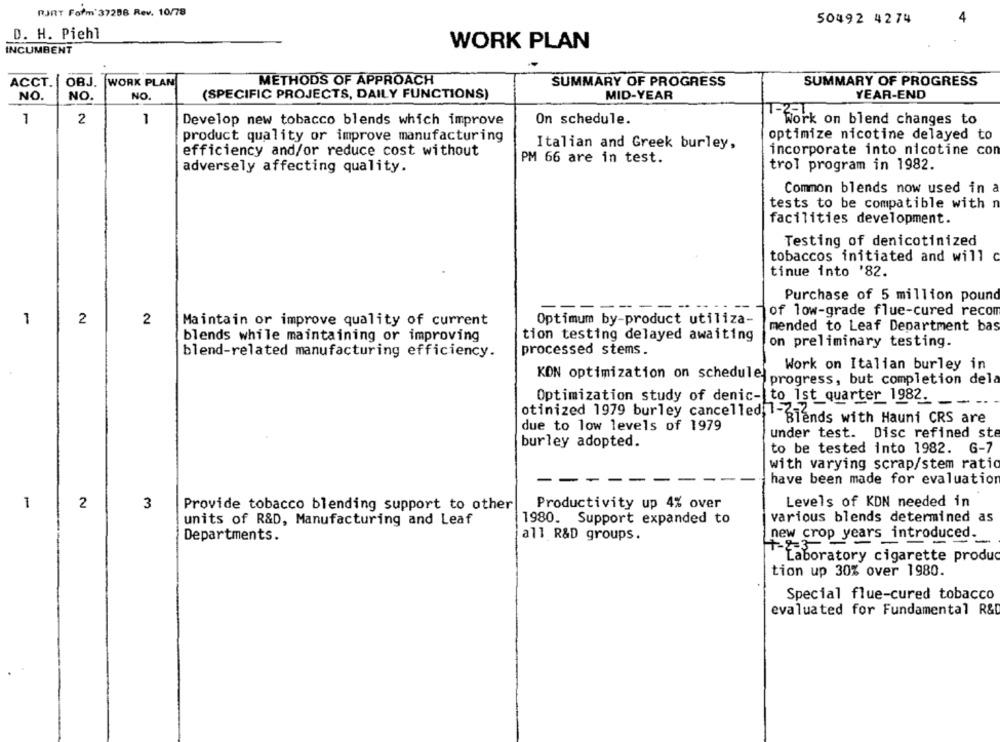
RJRT Form'37256 Rev. 10/78
50492 4274
4
D. H. Piehl
WORK PLAN
INCUMBENT
ACCT.
METHODS OF APPROACH
SUMMARY OF PROGRESS
OBJ.
WORK PLAN
SUMMARY OF PROGRESS
NO.
NO.
NO.
(SPECIFIC PROJECTS, DAILY FUNCTIONS)
MID-YEAR
YEAR-END
1
1
2
Develop new tobacco blends which improve
On schedule.
work on blend changes to
product quality or improve manufacturing
optimize nicotine delayed to
Italian and Greek burley,
efficiency and/or reduce cost without
incorporate into nicotine con
PM 66 are in test.
adversely affecting quality.
trol program in 1982.
Common blends now used in a
tests to be compatible with n
facilities development.
Testing of denicotinized
tobaccos initiated and will c
tinue into '82.
Purchase of 5 million pound
---
of low-grade flue-cured recom
1
2
2
Maintain or improve quality of current
Optimum by-product utiliza-
mended to Leaf Department bas
blends while maintaining or improving
tion testing delayed awaiting
on preliminary testing.
blend-related manufacturing efficiency.
processed stems.
Work on Italian burley in
KON optimization on schedule
progress, but completion dela
Optimization study of denic- to 1st_quarter 1982.
otinized 1979 burley cancelled; 1-3-2.
Blends with Hauni CRS are
due to low levels of 1979
under test. Disc refined ste
burley adopted.
to be tested into 1982. G-7
with varying scrap/stem ratio
---
-
have been made for evaluation
1
2
Productivity up 4% over
Levels of KDN needed in
3
Provide tobacco blending support to other
various blends determined as
units of R&D, Manufacturing and Leaf
1980. Support expanded to
Departments.
all R&D groups.
new crop years introduced.
+-23
Laboratory cigarette produc
tion up 30% over 1980.
Special flue-cured tobacco
evaluated for Fundamental R&D